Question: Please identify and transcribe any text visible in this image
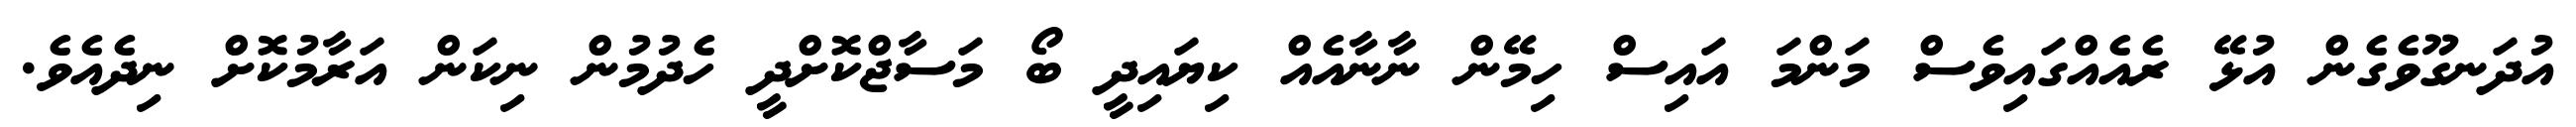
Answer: އުދަނގޫވެގެން އުޅޭ ރެއެއްގައިވެސް މަންމަ އައިސް ހިމޭން ނާނާއެއް ކިޔައިދީ ބޯ މަސާޖްކޮށްދީ ހެދުމުން ނިކަން އަރާމުކޮށް ނިދެއެވެ.